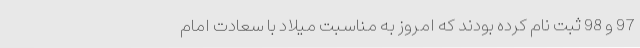
97 و 98 ثبت نام کرده بودند که امروز به مناسبت میلاد با سعادت امام